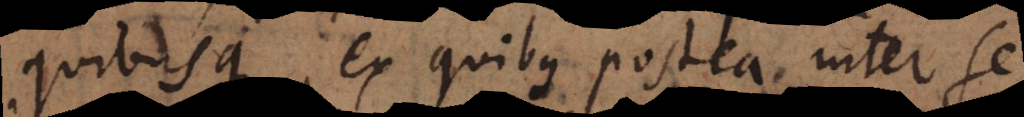
quibusque, ex quibus postea inter se